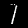
Digit: 1